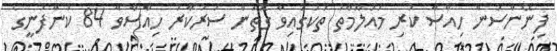
ފިނޭންސުން ހިއްސާ ކުރި މައުލޫމާތު ތަކުގައިވާ ގޮތުން ސަރުކާރު ހިއްސާވާ 84 ކުންފުނީގެ